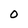
Character: 0